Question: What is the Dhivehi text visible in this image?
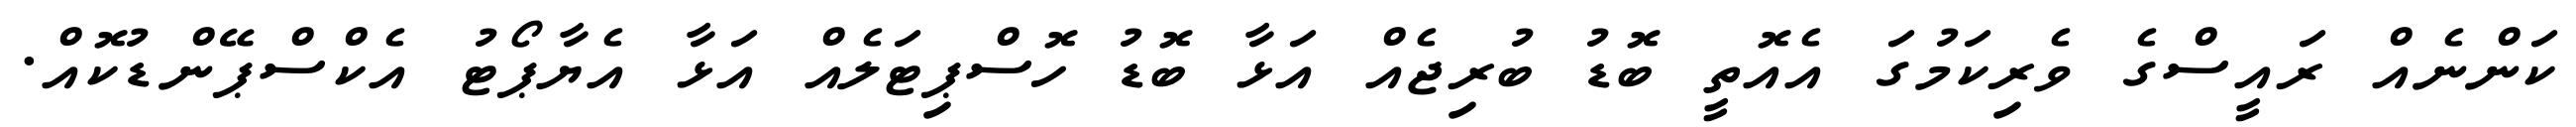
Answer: ކަންނެއް ރައީސްގެ ވެރިކަމުގަ އެއޮތީ ބޮޑު ބުރިޖެއް އަޅާ ބޮޑު ހޮސްޕިޓަލެއް އަޅާ އެޔާޕޯޓު އެކްސްޕޭންޑުކޮއް.